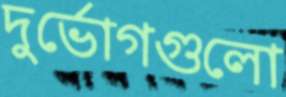
দুর্ভোগগুলো